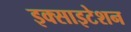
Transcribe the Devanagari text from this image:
इक्साइटेशन